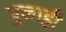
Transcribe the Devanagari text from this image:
पुलाही